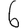
Digit: 6